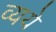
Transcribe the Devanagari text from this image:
व्यये